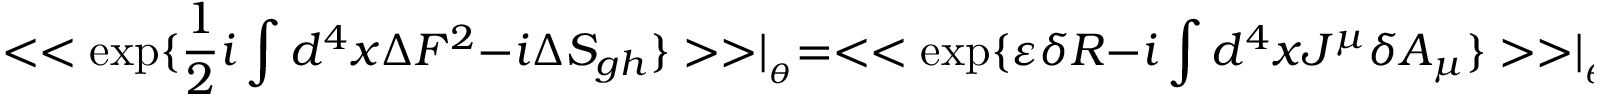
< < \exp \{ \frac { 1 } { 2 } i \int d ^ { 4 } x \Delta F ^ { 2 } - i \Delta S _ { g h } \} > > \mid _ { _ { \theta } } = < < \exp \{ \varepsilon \delta R - i \int d ^ { 4 } x J ^ { \mu } \delta A _ { \mu } \} > > \mid _ { _ { \theta } }